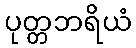
ပုတ္တဘရိယံ